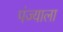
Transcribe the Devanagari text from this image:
पंज्याला